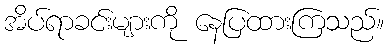
အိပ်ရာခင်းများကို နေပြထားကြသည်။